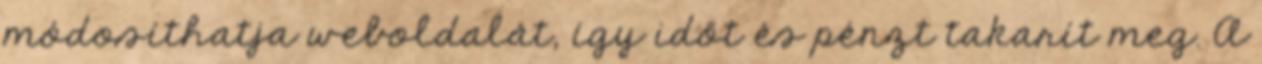
módosíthatja weboldalát, így időt és pénzt takarít meg. A